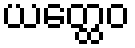
ယတ္ထေဝ